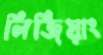
লিজিয়াং